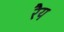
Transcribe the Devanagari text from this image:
रैय